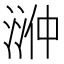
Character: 㴢